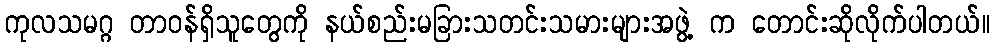
ကုလသမဂ္ဂ တာဝန်ရှိသူတွေကို နယ်စည်းမခြားသတင်းသမားများအဖွဲ့ က တောင်းဆိုလိုက်ပါတယ်။